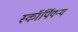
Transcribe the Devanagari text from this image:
स्कॉर्पियन्य